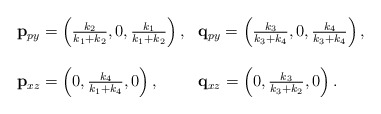
\begin{align*}\begin{array}{ll}\mathbf{p}_{py}=\left( \frac {k_2}{k_1+k_2},0,\frac {k_1}{k_1+k_2}\right),&\mathbf{q}_{py}=\left( \frac {k_3}{k_3+k_4},0,\frac {k_4}{k_3+k_4}\right),\\& \\\mathbf{p}_{xz}=\left( 0, \frac {k_4}{k_1+k_4},0 \right),&\mathbf{q}_{xz}=\left( 0, \frac {k_3}{k_3+k_2},0 \right).\end{array}\end{align*}